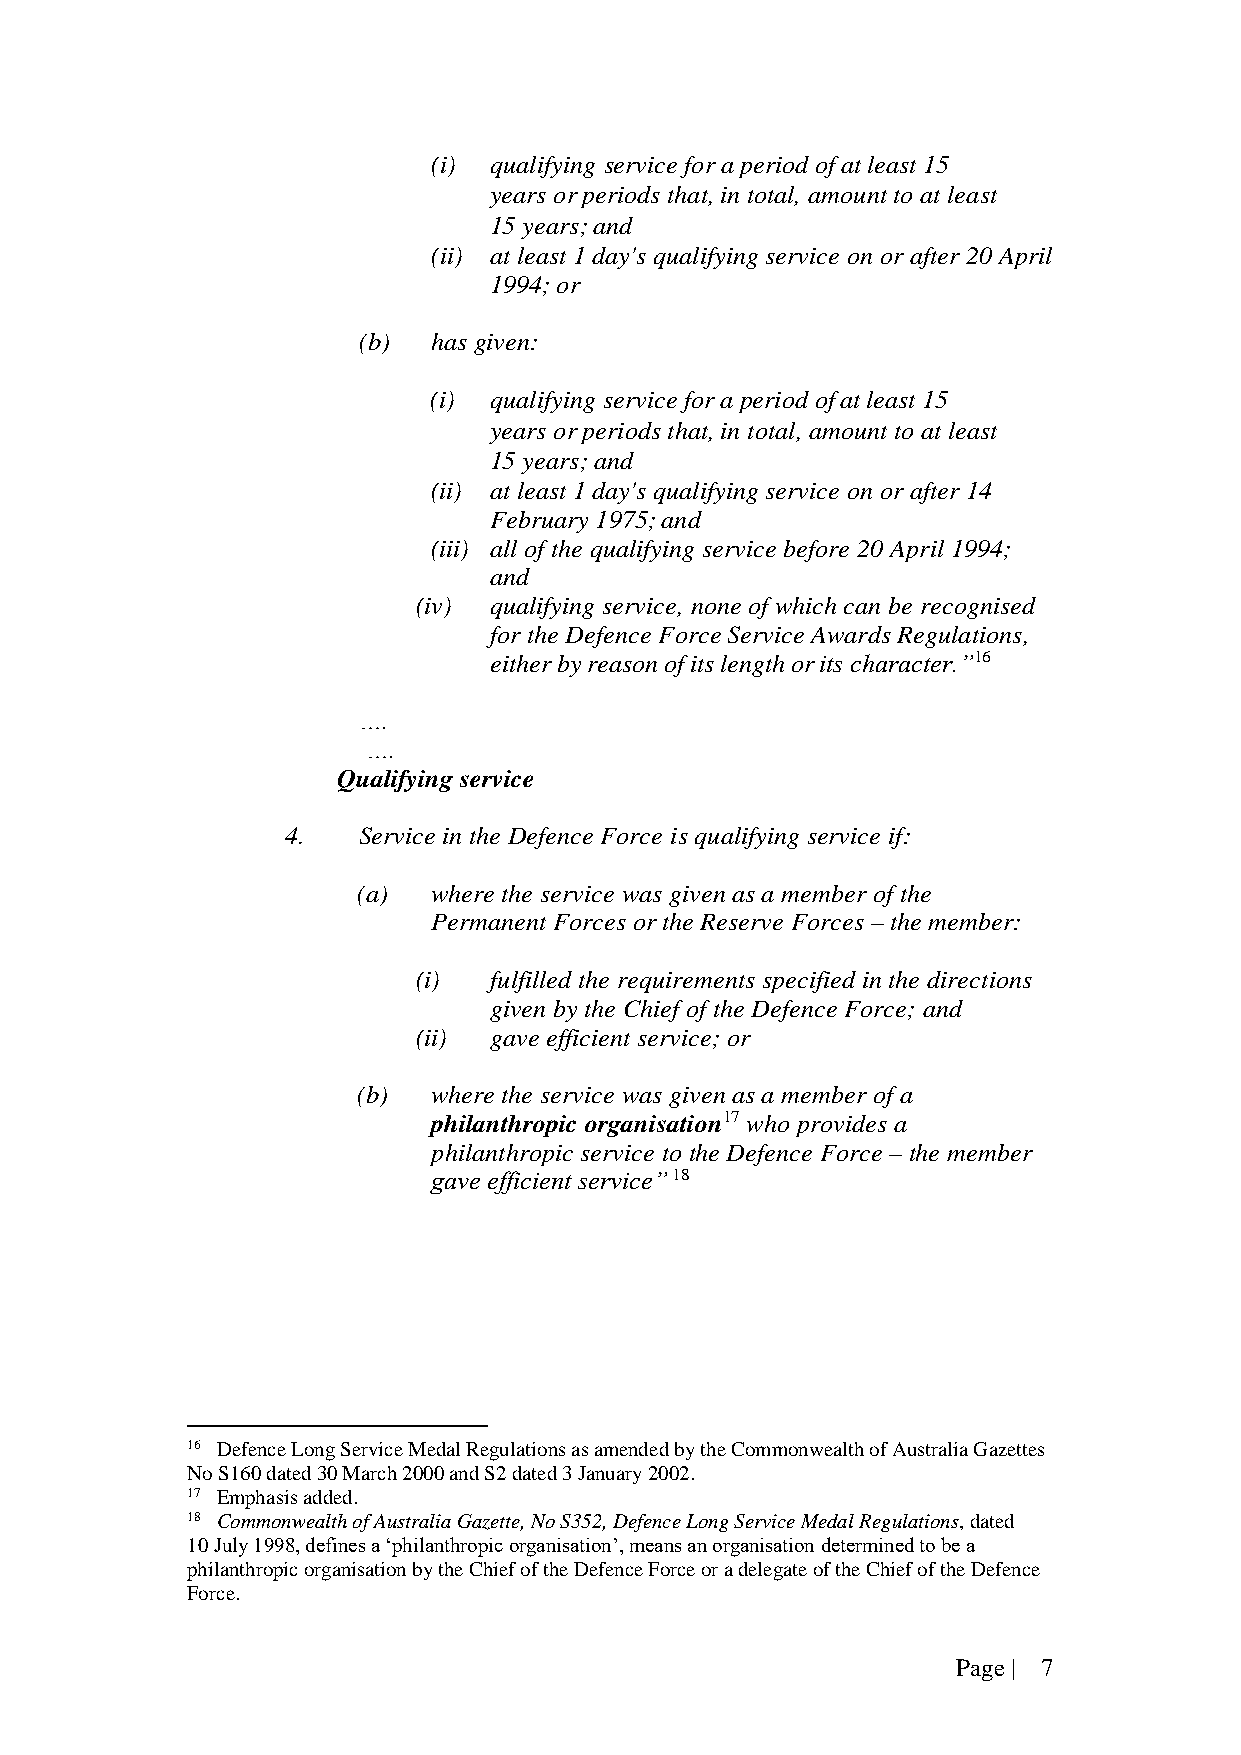
(i) qualifying service for a period of at least 15
 years or periods that, in total, amount to at least
 15 years; and
 (ii) at least 1 day's qualifying service on or after 20 April
 1994; or
 (b)  has given:
 (i) qualifying service for a period of at least 15
 years or periods that, in total, amount to at least
 15 years; and
 (ii) at least 1 day's qualifying service on or after 14
 February 1975; and
 (iii) all of the qualifying service before 20 April 1994;
 and
 (iv) qualifying service, none of which can be recognised
 for the Defence Force Service Awards Regulations,
 either by reason of its length or its character.”16
 ….
 ….
 Qualifying service
 4.   Service in the Defence Force is qualifying service if:
 (a)  where the service was given as a member of the
 Permanent Forces or the Reserve Forces – the member:
 (i) fulfilled the requirements specified in the directions
 given by the Chief of the Defence Force; and
 (ii) gave efficient service; or
 (b)  where the service was given as a member of a
 philanthropic organisation17 who provides a
 philanthropic service to the Defence Force – the member
 gave efficient service” 18
 16 Defence Long Service Medal Regulations as amended by the Commonwealth of Australia Gazettes
 No S160 dated 30 March 2000 and S2 dated 3 January 2002.
 17 Emphasis added.
 18 Commonwealth of Australia Gazette, No S352, Defence Long Service Medal Regulations, dated
 10 July 1998, defines a ‘philanthropic organisation’, means an organisation determined to be a
 philanthropic organisation by the Chief of the Defence Force or a delegate of the Chief of the Defence
 Force.
 Page | 7